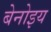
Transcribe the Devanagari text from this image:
बेनोइय